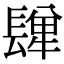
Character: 𨲥